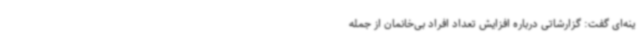
ینه‌ای گفت: گزارشاتی درباره افزایش تعداد افراد بی‌خانمان از جمله